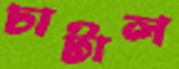
চাটাল